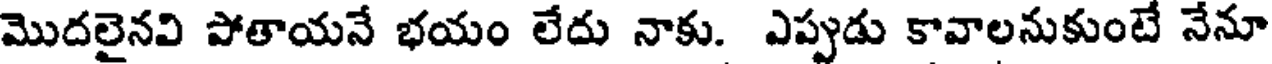
మొదలైనవి పోతాయనే భయం లేదు నాకు. ఎప్పుడు కావాలనుకుంటే నేనూ